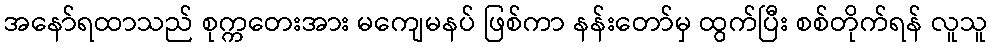
အနော်ရထာသည် စုက္ကတေးအား မကျေမနပ် ဖြစ်ကာ နန်းတော်မှ ထွက်ပြီး စစ်တိုက်ရန် လူသူ